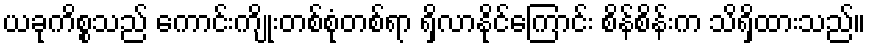
ယခုကိစ္စသည် ကောင်းကျိုးတစ်စုံတစ်ရာ ရှိလာနိုင်ကြောင်း စိန်စိန်းက သိရှိထားသည်။